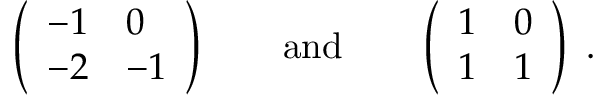
\left( \begin{array} { l l } { { - 1 } } & { { 0 } } \\ { { - 2 } } & { { - 1 } } \end{array} \right) \qquad \mathrm { a n d } \qquad \left( \begin{array} { l l } { { 1 } } & { { 0 } } \\ { { 1 } } & { { 1 } } \end{array} \right) \ .